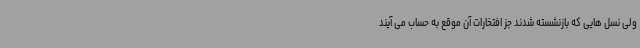
ولی نسل هایی که بازنشسته شدند جز افتخارات آن موقع به حساب می آیند